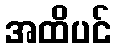
အထိပင်